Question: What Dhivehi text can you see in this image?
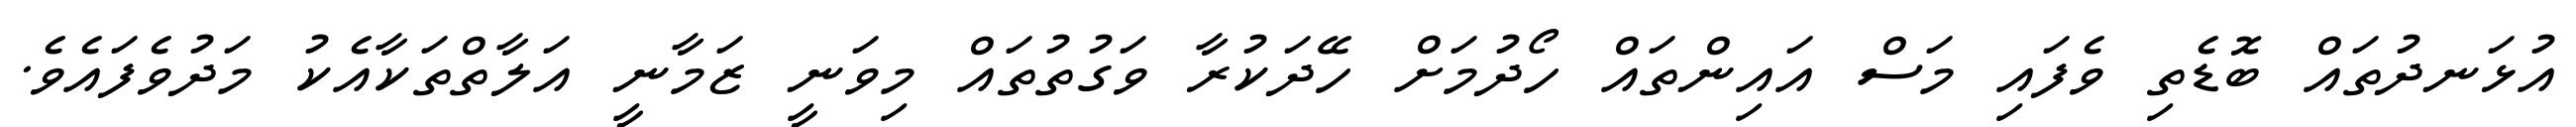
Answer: އުޅަނދުތައް ބޮޑެތި ވެފައި މަސް އައިންތައް ހޯދުމަށް ހޭދަކުރާ ވަގުތުތައް މިވަނީ ޒަމާނީ އަލާތްތަކާއެކު މަދުވެފައެވެ.